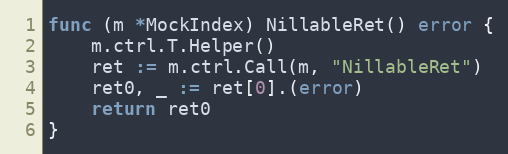
Language: Go
func (m *MockIndex) NillableRet() error {
	m.ctrl.T.Helper()
	ret := m.ctrl.Call(m, "NillableRet")
	ret0, _ := ret[0].(error)
	return ret0
}